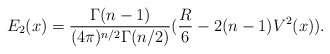
\begin{align*}E_2(x)= \frac{\Gamma(n-1)}{(4\pi)^{n/2}\Gamma(n/2)}(\frac{R}{6} -2(n-1)V^2(x)).\end{align*}